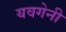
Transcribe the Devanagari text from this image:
यवगेनी